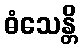
ဓံသေန္တိ